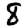
Digit: 8